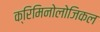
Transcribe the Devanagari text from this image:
क्रिमिनोलोजिकल